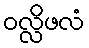
ဝလ္လိဖလံ